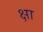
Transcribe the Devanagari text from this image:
क्षा